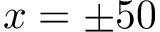
x = \pm 5 0